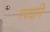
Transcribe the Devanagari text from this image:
मपधनि